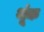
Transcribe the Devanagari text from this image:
थूंक